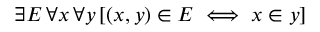
\exists E \, \forall x \, \forall y \, [ ( x , y ) \in E \iff x \in y ]